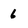
Character: 6